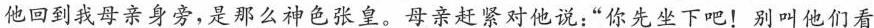
他回到我母亲身旁，是那么神色张皇。母亲赶紧对他说：”你先坐下吧！别叫他们看